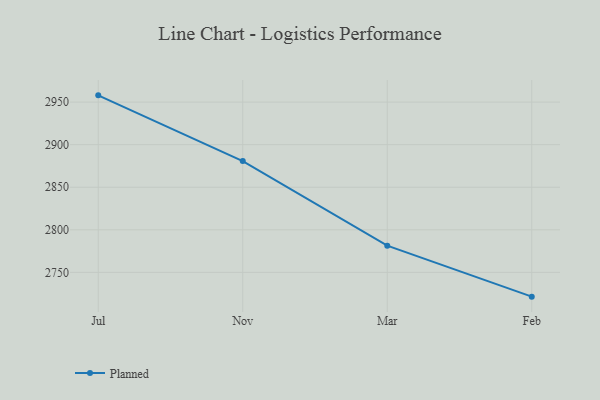
{"axis": {"x": "Month", "y": "Humidity (%)"}, "legend": ["Planned"], "data": [{"x": "Jul", "y": 2957.9, "type": "Planned"}, {"x": "Nov", "y": 2880.7, "type": "Planned"}, {"x": "Mar", "y": 2781.4, "type": "Planned"}, {"x": "Feb", "y": 2721.5, "type": "Planned"}]}